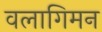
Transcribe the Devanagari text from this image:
वलागिमन